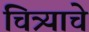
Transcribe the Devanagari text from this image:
चित्र्याचे